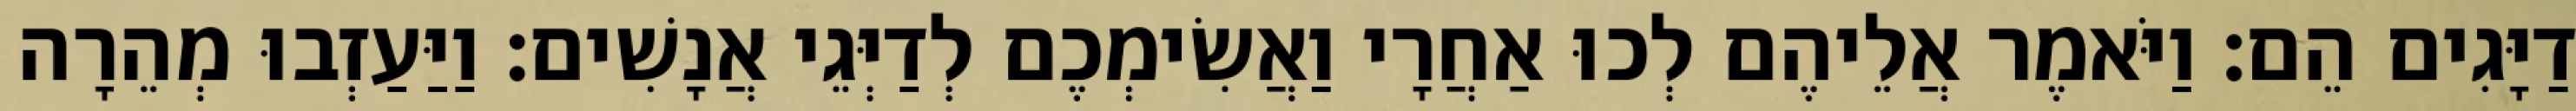
דַיָּגִים הֵם׃ וַיֹּאמֶר אֲלֵיהֶם לְכוּ אַחֲרָי וַאֲשִׂימְכֶם לְדַיְּגֵי אֲנָשִׁים׃ וַיַּעַזְבוּ מְהֵרָה